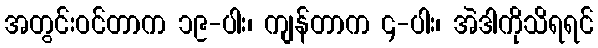
အတွင်းဝင်တာက ၁၉-ပါး၊ ကျန်တာက ၄-ပါး၊ အဲဒါကိုသိရရင်